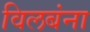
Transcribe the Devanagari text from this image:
विलबंना